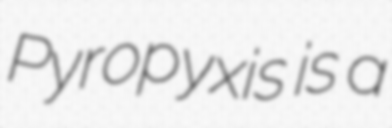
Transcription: Pyropyxis is a